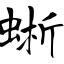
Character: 蜥